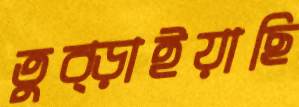
তুব্‌ড়াইয়াছি